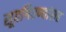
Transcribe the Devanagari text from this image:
सूतगिरण्यांसह